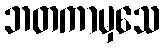
ဘတကာမှသေ